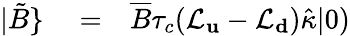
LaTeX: \begin{array}{rlr}{|\tilde{B}\} }&{{}=}&{\overline{B}\tau_{c}(\mathcal{L}_{\mathbf u}-\mathcal{L}_{\mathbf d})\hat{\kappa}|0)}\end{array}